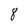
Character: 8